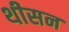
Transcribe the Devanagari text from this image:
थीसन